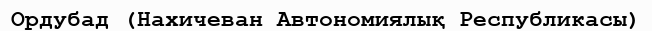
Ордубад (Нахичеван Автономиялық Республикасы)